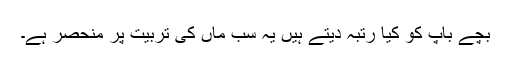
بچے باپ کو کیا رتبہ دیتے ہیں یہ سب ماں کی تربیت پر منحصر ہے۔